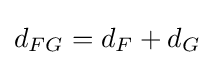
d_{FG}=d_{F}+d_{G}